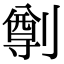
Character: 𠟃